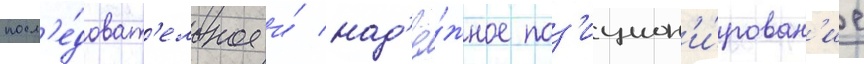
посл'е́доват'ельное и́ над'ё́жное поз'ицион'и́рован'ие